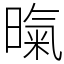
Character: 暣